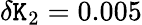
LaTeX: \delta{\mathtt{K}_{2}}=0.005